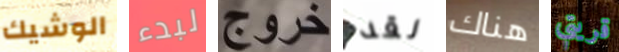
الوشيك لبدء خروج لقد هناك قريتي